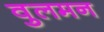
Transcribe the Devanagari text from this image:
वुलमन